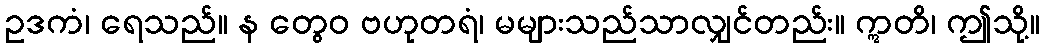
ဥဒကံ၊ ရေသည်။ န တွေဝ ဗဟုတရံ၊ မများသည်သာလျှင်တည်း။ ဣတိ၊ ဤသို့။